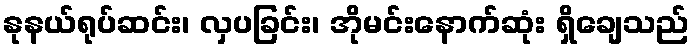
နုနယ်ရုပ်ဆင်း၊ လှပခြင်း၊ အိုမင်းနောက်ဆုံး ရှိချေသည်